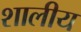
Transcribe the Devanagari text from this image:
शालीय